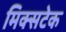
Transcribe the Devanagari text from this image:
मिक्सटेक